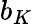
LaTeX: b_{K}